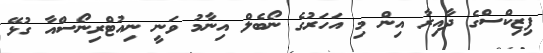
ފިޒިކްސްގެ ދާއިރާ އިން މި އަހަރުގެ ނޯބެލް އިނާމު ވަނީ ނިއުޓްރިނޯސްއާ ގުޅޭ